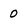
Character: 0